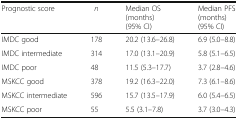
<table><thead><tr><td><b>Prognostic score</b></td><td><b><i>n</i></b></td><td><b>Median OS (months) (95% CI)</b></td><td><b>Median PFS (months) (95% CI)</b></td></tr></thead><tbody><tr><td>IMDC good</td><td>178</td><td>20.2 (13.6–26.8)</td><td>6.9 (5.0–8.8)</td></tr><tr><td>IMDC intermediate</td><td>314</td><td>17.0 (13.1–20.9)</td><td>5.8 (5.1–6.5)</td></tr><tr><td>IMDC poor</td><td>48</td><td>11.5 (5.3–17.7)</td><td>3.7 (2.8–4.6)</td></tr><tr><td>MSKCC good</td><td>378</td><td>19.2 (16.3–22.0)</td><td>7.3 (6.1–8.6)</td></tr><tr><td>MSKCC intermediate</td><td>596</td><td>15.7 (13.5–17.9)</td><td>6.0 (5.4–6.5)</td></tr><tr><td>MSKCC poor</td><td>55</td><td>5.5 (3.1–7.8)</td><td>3.7 (3.0–4.3)</td></tr></tbody></table>